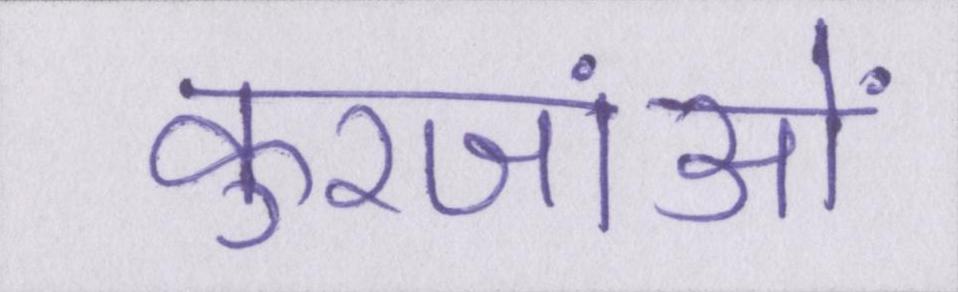
कुरजांओं